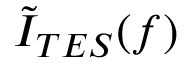
\tilde { I } _ { T E S } ( f )